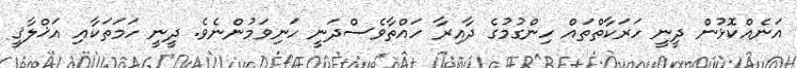
އަނެއްކޮޅުން ދީނީ ހަރަކާތްތައް ހިންގުމުގެ ދާއިރާ ހައްތާވެސްދަނީ ހަނިވަމުންނެވެ. ދީނީ ހަމަތަކާއި އަޚްލާޤީ